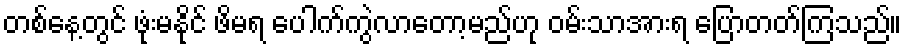
တစ်နေ့တွင် ဖုံးမနိုင် ဖိမရ ပေါက်ကွဲလာတော့မည်ဟု ဝမ်းသာအားရ ပြောတတ်ကြသည်။